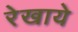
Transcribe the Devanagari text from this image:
रेखाये